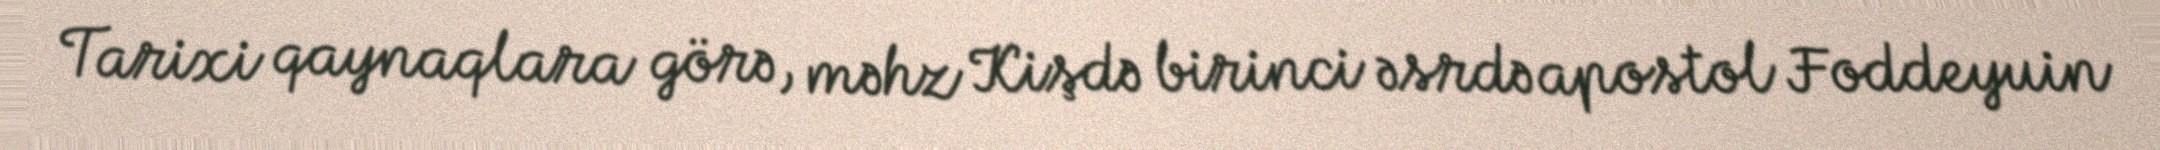
Tarixi qaynaqlara görə, məhz Kişdə birinci əsrdə apostol Foddeyuin